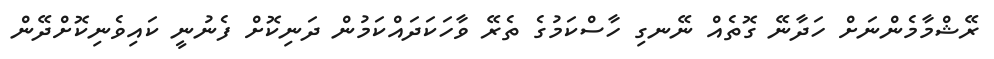
ރޭޝްމާމެންނަށް ހަދާނޭ ގޮތެއް ނޭނގި ހާސްކަމުގެ ތެރޭ ވާހަކަދައްކަމުން ދަނިކޮށް ފެނުނީ ކައިވެނިކޮށްދޭން